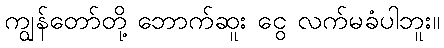
ကျွန်တော်တို့ ဘောက်ဆူး ငွေ လက်မခံပါဘူး။